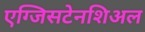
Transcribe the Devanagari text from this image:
एग्जिसटेनशिअल